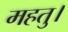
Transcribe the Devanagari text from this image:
महतु।